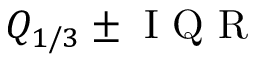
Q _ { 1 / 3 } \pm \mathrm { ~ I ~ Q ~ R ~ }